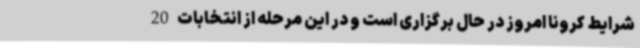
شرایط کرونا امروز در حال برگزاری است و در این مرحله از انتخابات 20